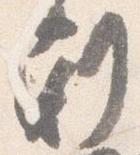
剋